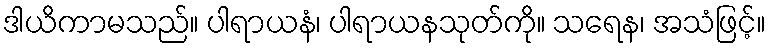
ဒါယိကာမသည်။ ပါရာယနံ၊ ပါရာယနသုတ်ကို။ သရေန၊ အသံဖြင့်။